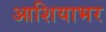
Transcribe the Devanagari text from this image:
आशियाभर